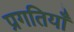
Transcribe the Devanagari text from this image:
प्रगतियाँ